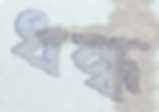
ধন্ধ